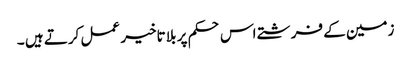
زمین کے فرشتے اس حکم پر بلا تاخیر عمل کرتے ہیں ۔